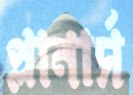
প্লানার্স